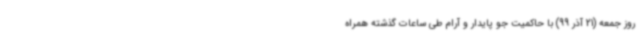
روز جمعه (21 آذر 99) با حاکمیت جو پایدار و آرام طی ساعات گذشته همراه